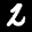
Label: 2